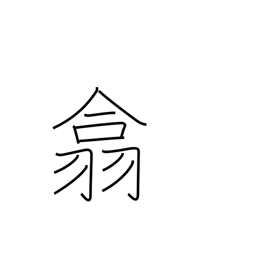
Meaning: gather